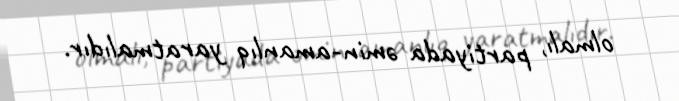
olmalı, partiyada əmin-amanlıq yaratmalıdır.